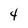
Character: 4